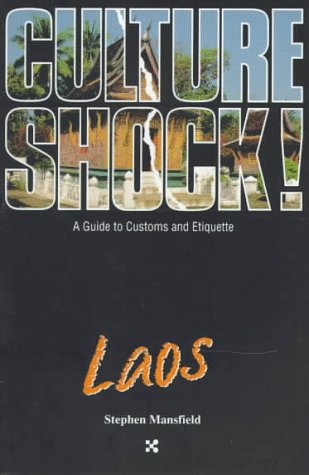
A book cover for Culture Shock! Laos (Culture Shock! A Survival Guide to Customs & Etiquette); Stephen Mansfield; Travel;